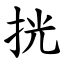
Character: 挄